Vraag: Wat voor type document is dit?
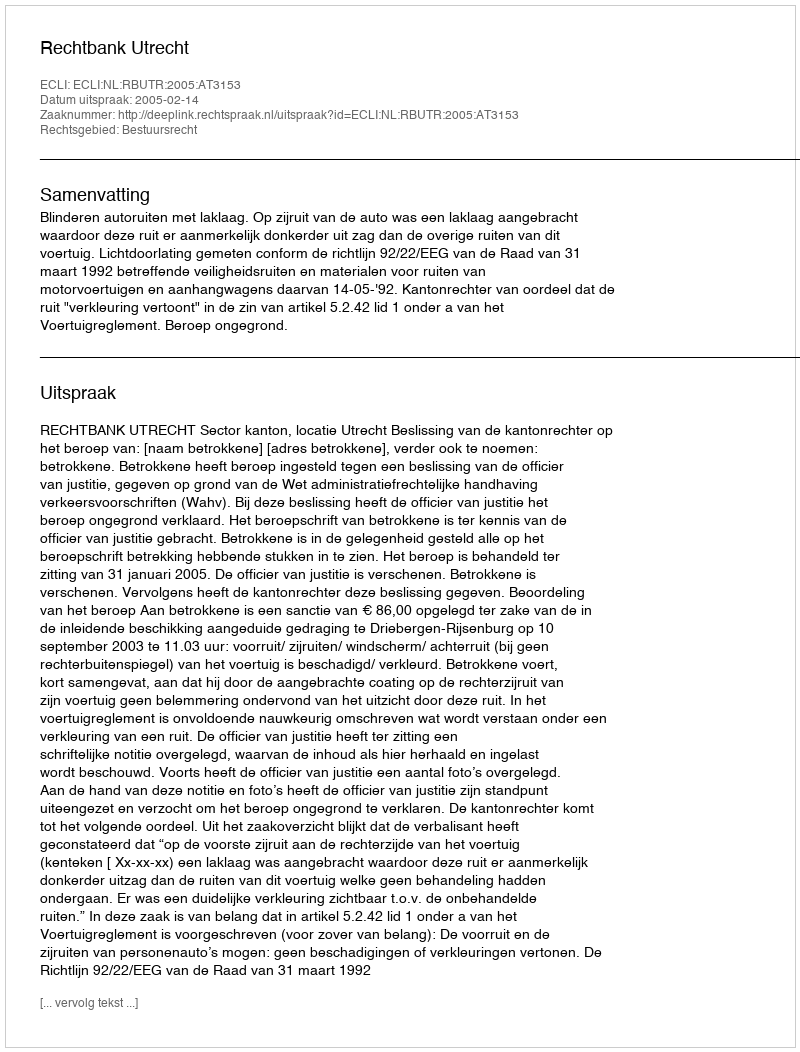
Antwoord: Uitspraak